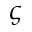
\varsigma